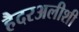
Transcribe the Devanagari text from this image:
हैदरअलीशी